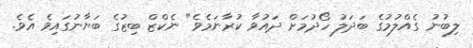
ލިބުނު ގެއްލުމުގެ ބަދަލު ހޯދުމަށް ދައުވާ ކުރާނަމެވެ" ނެކްޒް ބިޒުގެ ބަޔާނުގައިވެ އެވެ.